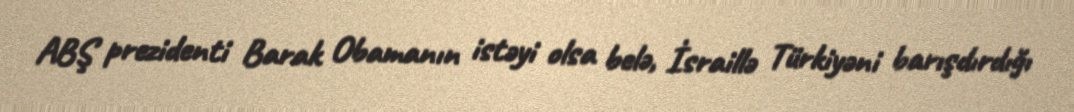
ABŞ prezidenti Barak Obamanın istəyi olsa belə, İsraillə Türkiyəni barışdırdığı